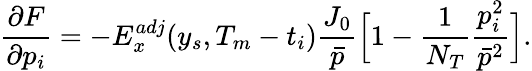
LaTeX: \frac{\partial F}{\partial p_{i}}=-E_{x}^{adj}(y_{s},T_{m}-t_{i})\frac{J_{0}}{\bar{p}}\Big[1-\frac{1}{N_{T}}\frac{p_{i}^{2}}{\bar{p}^{2}}\Big].